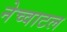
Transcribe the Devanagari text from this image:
नेच्वाटल